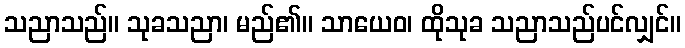
သညာသည်။ သုခသညာ၊ မည်၏။ သာယေဝ၊ ထိုသုခ သညာသည်ပင်လျှင်။